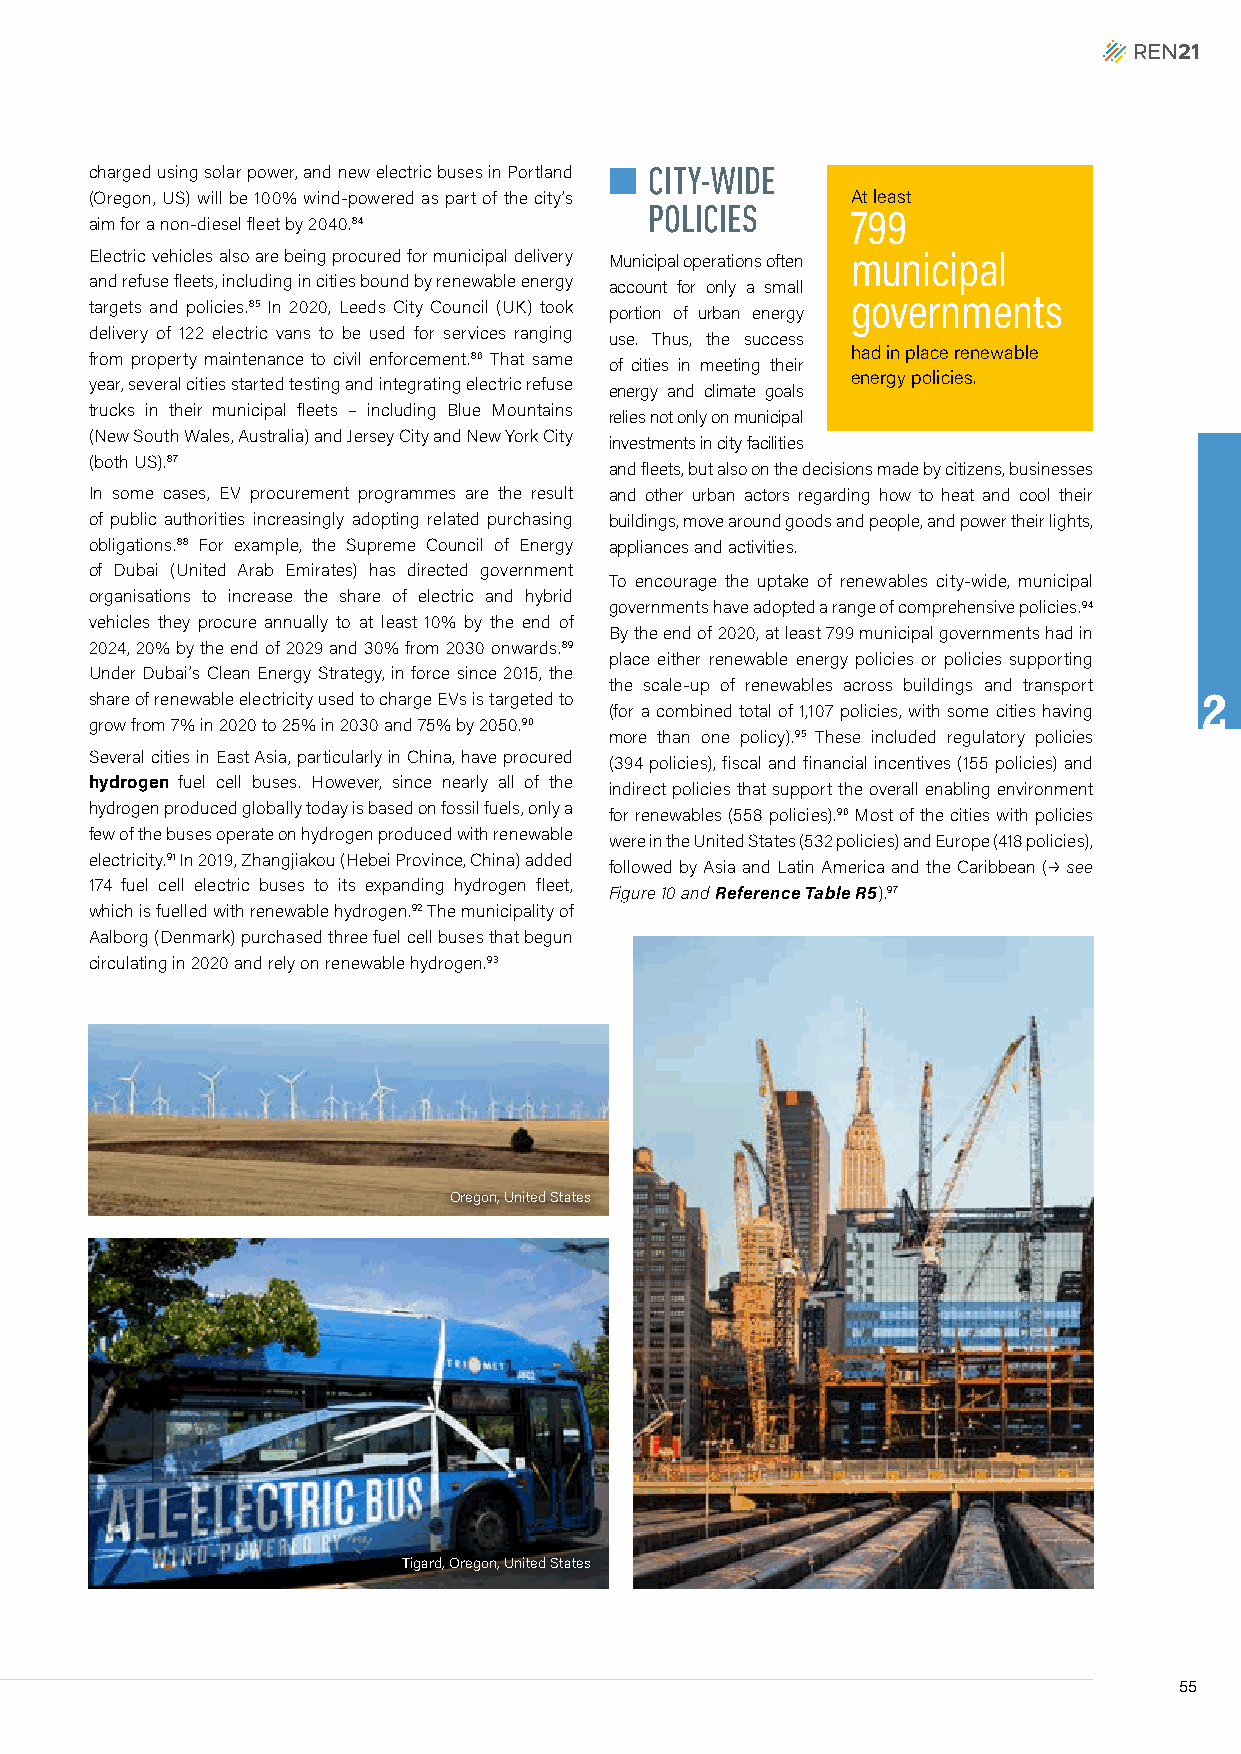
charged using solar power, and new electric buses in Portland n CITY-WIDE
 (Oregon, US) will be 100% wind-powered as part of the city’s At least
 POLICIES
 799
 aim for a non-diesel fleet by 2040.84
 Electric vehicles also are being procured for municipal delivery Municipal operations often municipal
 and refuse fleets, including in cities bound by renewable energy account for only a small
 governments
 targets and policies.85 In 2020, Leeds City Council (UK) took portion of urban energy
 delivery of 122 electric vans to be used for services ranging
 use. Thus, the success
 from property maintenance to civil enforcement.86 That same had in place renewable
 of cities in meeting their
 energy policies.
 year, several cities started testing and integrating electric refuse
 energy and climate goals
 trucks in their municipal fleets – including Blue Mountains
 relies not only on municipal
 (New South Wales, Australia) and Jersey City and New York City
 investments in city facilities
 (both US).87
 and fleets, but also on the decisions made by citizens, businesses
 In some cases, EV procurement programmes are the result and other urban actors regarding how to heat and cool their
 of public authorities increasingly adopting related purchasing buildings, move around goods and people, and power their lights,
 obligations.88 For example, the Supreme Council of Energy appliances and activities.
 of Dubai (United Arab Emirates) has directed government
 To encourage the uptake of renewables city-wide, municipal
 organisations to increase the share of electric and hybrid
 governments have adopted a range of comprehensive policies.94
 vehicles they procure annually to at least 10% by the end of
 By the end of 2020, at least 799 municipal governments had in
 2024, 20% by the end of 2029 and 30% from 2030 onwards.89
 place either renewable energy policies or policies supporting
 Under Dubai’s Clean Energy Strategy, in force since 2015, the
 the scale-up of renewables across buildings and transport
 share of renewable electricity used to charge EVs is targeted to         2
 (for a combined total of 1,107 policies, with some cities having
 grow from 7% in 2020 to 25% in 2030 and 75% by 2050.90
 more than one policy).95 These included regulatory policies
 Several cities in East Asia, particularly in China, have procured
 (394 policies), fiscal and financial incentives (155 policies) and
 hydrogen fuel cell buses. However, since nearly all of the
 indirect policies that support the overall enabling environment
 hydrogen produced globally today is based on fossil fuels, only a
 for renewables (558 policies).96 Most of the cities with policies
 few of the buses operate on hydrogen produced with renewable
 were in the United States (532 policies) and Europe (418 policies),
 electricity.91 In 2019, Zhangjiakou (Hebei Province, China) added
 followed by Asia and Latin America and the Caribbean (p see
 174 fuel cell electric buses to its expanding hydrogen fleet,
 Figure 10 and Reference Table R5).97
 which is fuelled with renewable hydrogen.92 The municipality of
 Aalborg (Denmark) purchased three fuel cell buses that begun
 circulating in 2020 and rely on renewable hydrogen.93
 Oregon, United States
 Tigard, Oregon, United States
 55